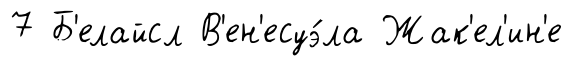
7 Б'елайсл В'ен'есуэ́ла Жак'ел'ин'е